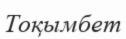
Тоқымбет